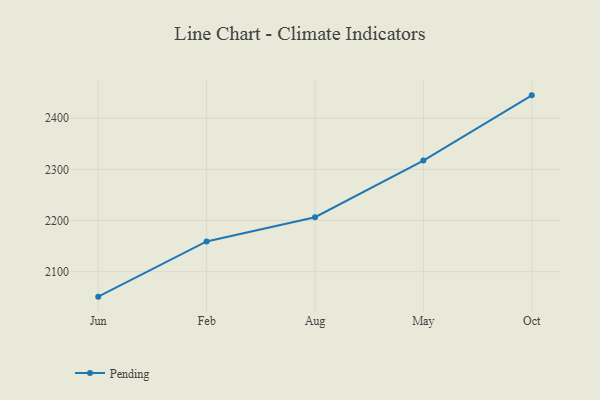
{"axis": {"x": "Month", "y": "Shipments"}, "legend": ["Pending"], "data": [{"x": "Jun", "y": 2051.2, "type": "Pending"}, {"x": "Feb", "y": 2159.1, "type": "Pending"}, {"x": "Aug", "y": 2206.5, "type": "Pending"}, {"x": "May", "y": 2317.1, "type": "Pending"}, {"x": "Oct", "y": 2444.6, "type": "Pending"}]}